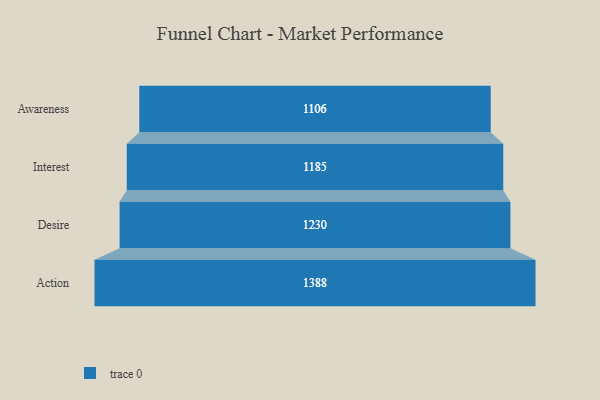
{"axis": {"x": "Stage", "y": "Value"}, "legend": [""], "data": [{"x": "Awareness", "y": 1106.0, "type": ""}, {"x": "Interest", "y": 1185.0, "type": ""}, {"x": "Desire", "y": 1230.0, "type": ""}, {"x": "Action", "y": 1388.0, "type": ""}]}